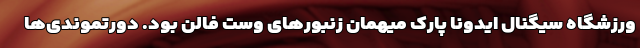
ورزشگاه سیگنال ایدونا پارک میهمان زنبورهای وست فالن بود. دورتموندی‌ها